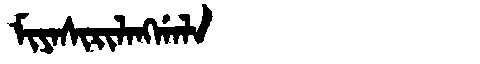
Manchu: ᠮᡳᠶᠠᠰᡳᡵᡳᠯᠠᠩᡤᠠᠯᠠ
Romanization: MIYASIRILANGGALA